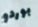
بوردو